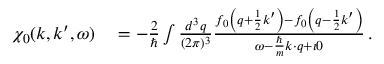
\begin{array} { r l } { \chi _ { 0 } ( \boldsymbol { k } , \boldsymbol { k } ^ { \prime } , \omega ) } & { { } = - \frac { 2 } { \hbar } \int \frac { d ^ { 3 } q } { ( 2 \pi ) ^ { 3 } } \frac { f _ { 0 } \left( \boldsymbol { q } + \frac { 1 } { 2 } \boldsymbol { k } ^ { \prime } \right) - f _ { 0 } \left( \boldsymbol { q } - \frac { 1 } { 2 } \boldsymbol { k } ^ { \prime } \right) } { \omega - \frac { \hbar } { m } \boldsymbol { k } \cdot \boldsymbol { q } + \imath 0 } \, . } \end{array}